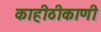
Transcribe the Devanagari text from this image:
काहीठीकाणी